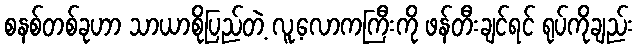
စနစ်တစ်ခုဟာ သာယာစိုပြည်တဲ့ လူ့လောကကြီးကို ဖန်တီးချင်ရင် ရုပ်ကိုချည်း